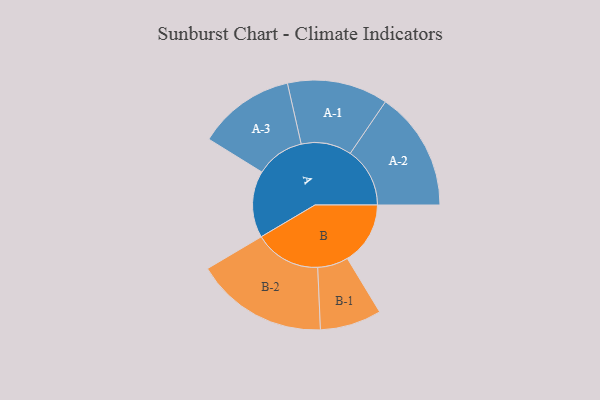
{"axis": {"x": "Segment", "y": "Value"}, "legend": ["", "A", "B"], "data": [{"x": "A", "y": 261, "type": ""}, {"x": "B", "y": 246, "type": ""}, {"x": "A-1", "y": 197, "type": "A"}, {"x": "A-2", "y": 233, "type": "A"}, {"x": "A-3", "y": 190, "type": "A"}, {"x": "B-1", "y": 120, "type": "B"}, {"x": "B-2", "y": 259, "type": "B"}]}